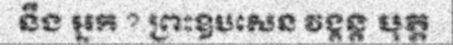
នឹង អ្នក ? ព្រះឧបសេន វង្គន្ត បុត្ត